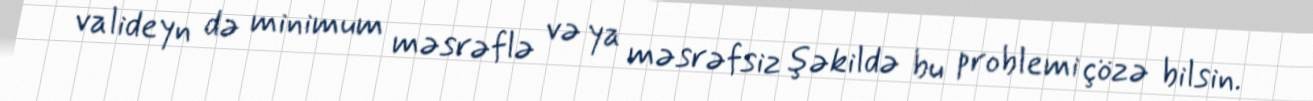
valideyn də minimum məsrəflə və ya məsrəfsiz şəkildə bu problemi çözə bilsin.